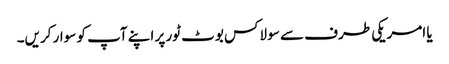
یا امریکی طرف سے سو لاکس بوٹ ٹور پر اپنے آپ کو سوار کریں۔